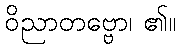
ဝိညာတဗ္ဗော၊ ၏။